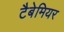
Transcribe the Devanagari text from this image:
टैबेमियर